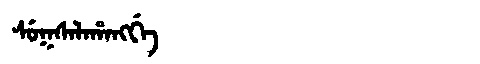
Manchu: ᠰᡠᡴᠰᠠᠯᠠᡥᠠᠩᡤᡝ
Romanization: SUKSALAHANGGE